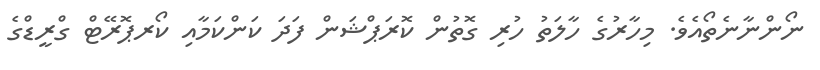
ނޯންނާނެތޯއެވެ. މިހާރުގެ ހާލަތު ހުރި ގޮތުން ކޮރަޕްޝަން ފަދަ ކަންކަމާއި ކޯރޕޮރޭޓް ގްރީޑްގެ